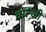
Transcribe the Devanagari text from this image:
वाल्खी